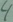
Text: 4